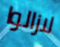
لازالوا